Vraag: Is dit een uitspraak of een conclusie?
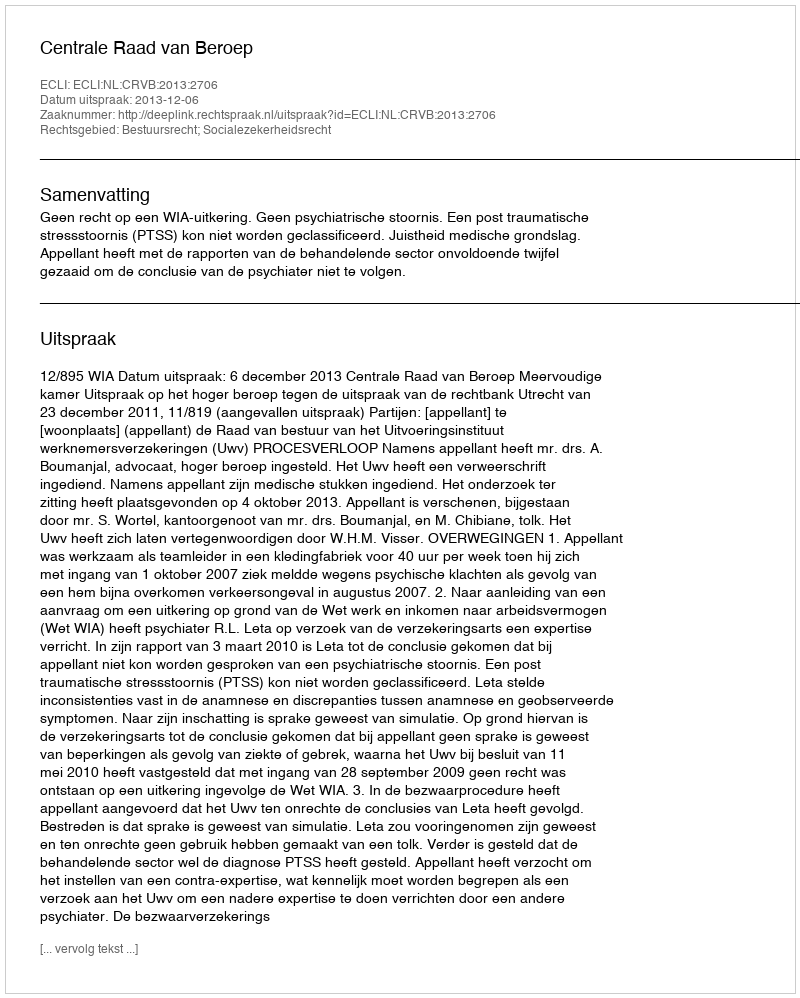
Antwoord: Uitspraak